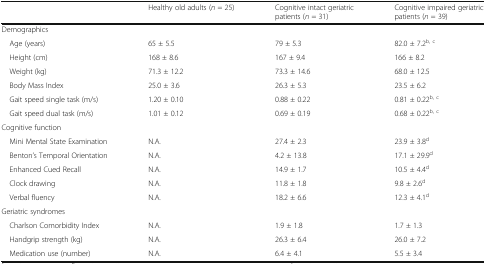
|  | Healthy old adults (n = 25) | Cognitive intact geriatric patients (n = 31) | Cognitive impaired geriatric patients (n = 39) |
 | --- | --- | --- | --- |
 | <COLSPAN=4> Demographics |
 | Age (years) | 65 ± 5.5 | 79 ± 5.3 | 82.0 ± 7.2b, c |
 | Height (cm) | 168 ± 8.6 | 167 ± 9.4 | 166 ± 8.2 |
 | Weight (kg) | 71.3 ± 12.2 | 73.3 ± 14.6 | 68.0 ± 12.5 |
 | Body Mass Index | 25.0 ± 3.6 | 26.3 ± 5.3 | 23.5 ± 6.2 |
 | Gait speed single task (m/s) | 1.20 ± 0.10 | 0.88 ± 0.22 | 0.81 ± 0.22b, c |
 | Gait speed dual task (m/s) | 1.01 ± 0.12 | 0.69 ± 0.19 | 0.68 ± 0.22b, c |
 | <COLSPAN=4> Cognitive function |
 | Mini Mental State Examination | N.A. | 27.4 ± 2.3 | 23.9 ± 3.8d |
 | Benton’s Temporal Orientation | N.A. | 4.2 ± 13.8 | 17.1 ± 29.9d |
 | Enhanced Cued Recall | N.A. | 14.9 ± 1.7 | 10.5 ± 4.4d |
 | Clock drawing | N.A. | 11.8 ± 1.8 | 9.8 ± 2.6d |
 | Verbal fluency | N.A. | 18.2 ± 6.6 | 12.3 ± 4.1d |
 | <COLSPAN=4> Geriatric syndromes |
 | Charlson Comorbidity Index | N.A. | 1.9 ± 1.8 | 1.7 ± 1.3 |
 | Handgrip strength (kg) | N.A. | 26.3 ± 6.4 | 26.0 ± 7.2 |
 | Medication use (number) | N.A. | 6.4 ± 4.1 | 5.5 ± 3.4 |